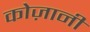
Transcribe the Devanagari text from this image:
कोज़ानी